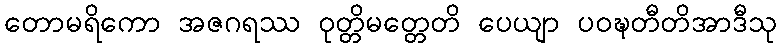
တောမရိကော အဇဂရဿ ဝုတ္တိမတ္တေတိ ပေယျာ ပဝဍ္ဎတီတိအာဒီသု